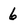
Character: 6